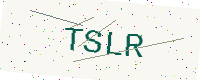
Text: TSLR